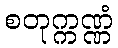
စတုက္ကဏ္ဏံ